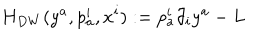
H _ { D W } ( y ^ { a } , p _ { a } ^ { i } , x ^ { i } ) : = p _ { a } ^ { i } \partial _ { i } y ^ { a } - L